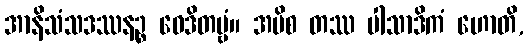
အာနိသံသဒဿနဉ္စ ဝေဒိတဗ္ဗံ။ အပိစ တဿ ပါသာဒိကံ ဟောတိ,